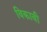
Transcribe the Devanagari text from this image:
विकावी